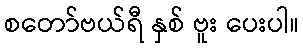
စတော်ဗယ်ရီ နှစ် ဗူး ပေးပါ။